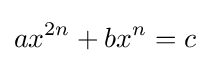
ax^{2n}+bx^{n}=c